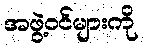
အဖွဲ့ဝင်များကို